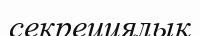
секрециялық